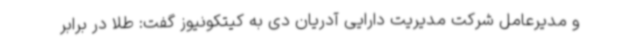
و مدیرعامل شرکت مدیریت دارایی آدریان دی به کیتکونیوز گفت: طلا در برابر